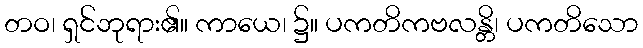
တဝ၊ ရှင်ဘုရား၏။ ကာယေ၊ ၌။ ပကတိကဗလန္တိ၊ ပကတိသော